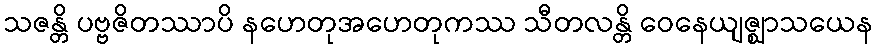
သဇန္တိ ပဗ္ဗဇိတဿာပိ နဟေတုအဟေတုကဿ သီတလန္တိ ဝေနေယျဇ္ဈာသယေန